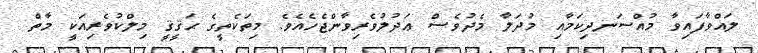
ލައްވާފައިވާ މުއްސަނދިކަމާއި މުދަލާ މެދުވެސް ޢަދުލުވެރިވާންޖެހެއެވެ. މިތަކެތީގެ ޙަޤީޤީ މިލްކުވެރިއަކީ މާތް